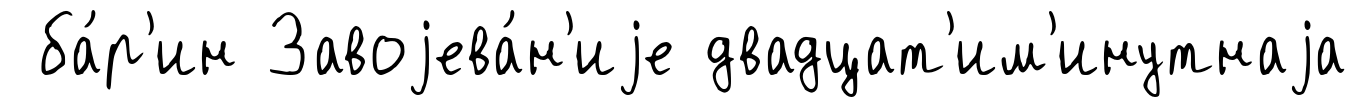
ба́р'ин Завоjева́н'иjе двадцат'им'инутнаjа